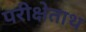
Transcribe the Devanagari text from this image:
परीक्षेताथ